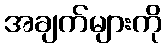
အချက်များကို